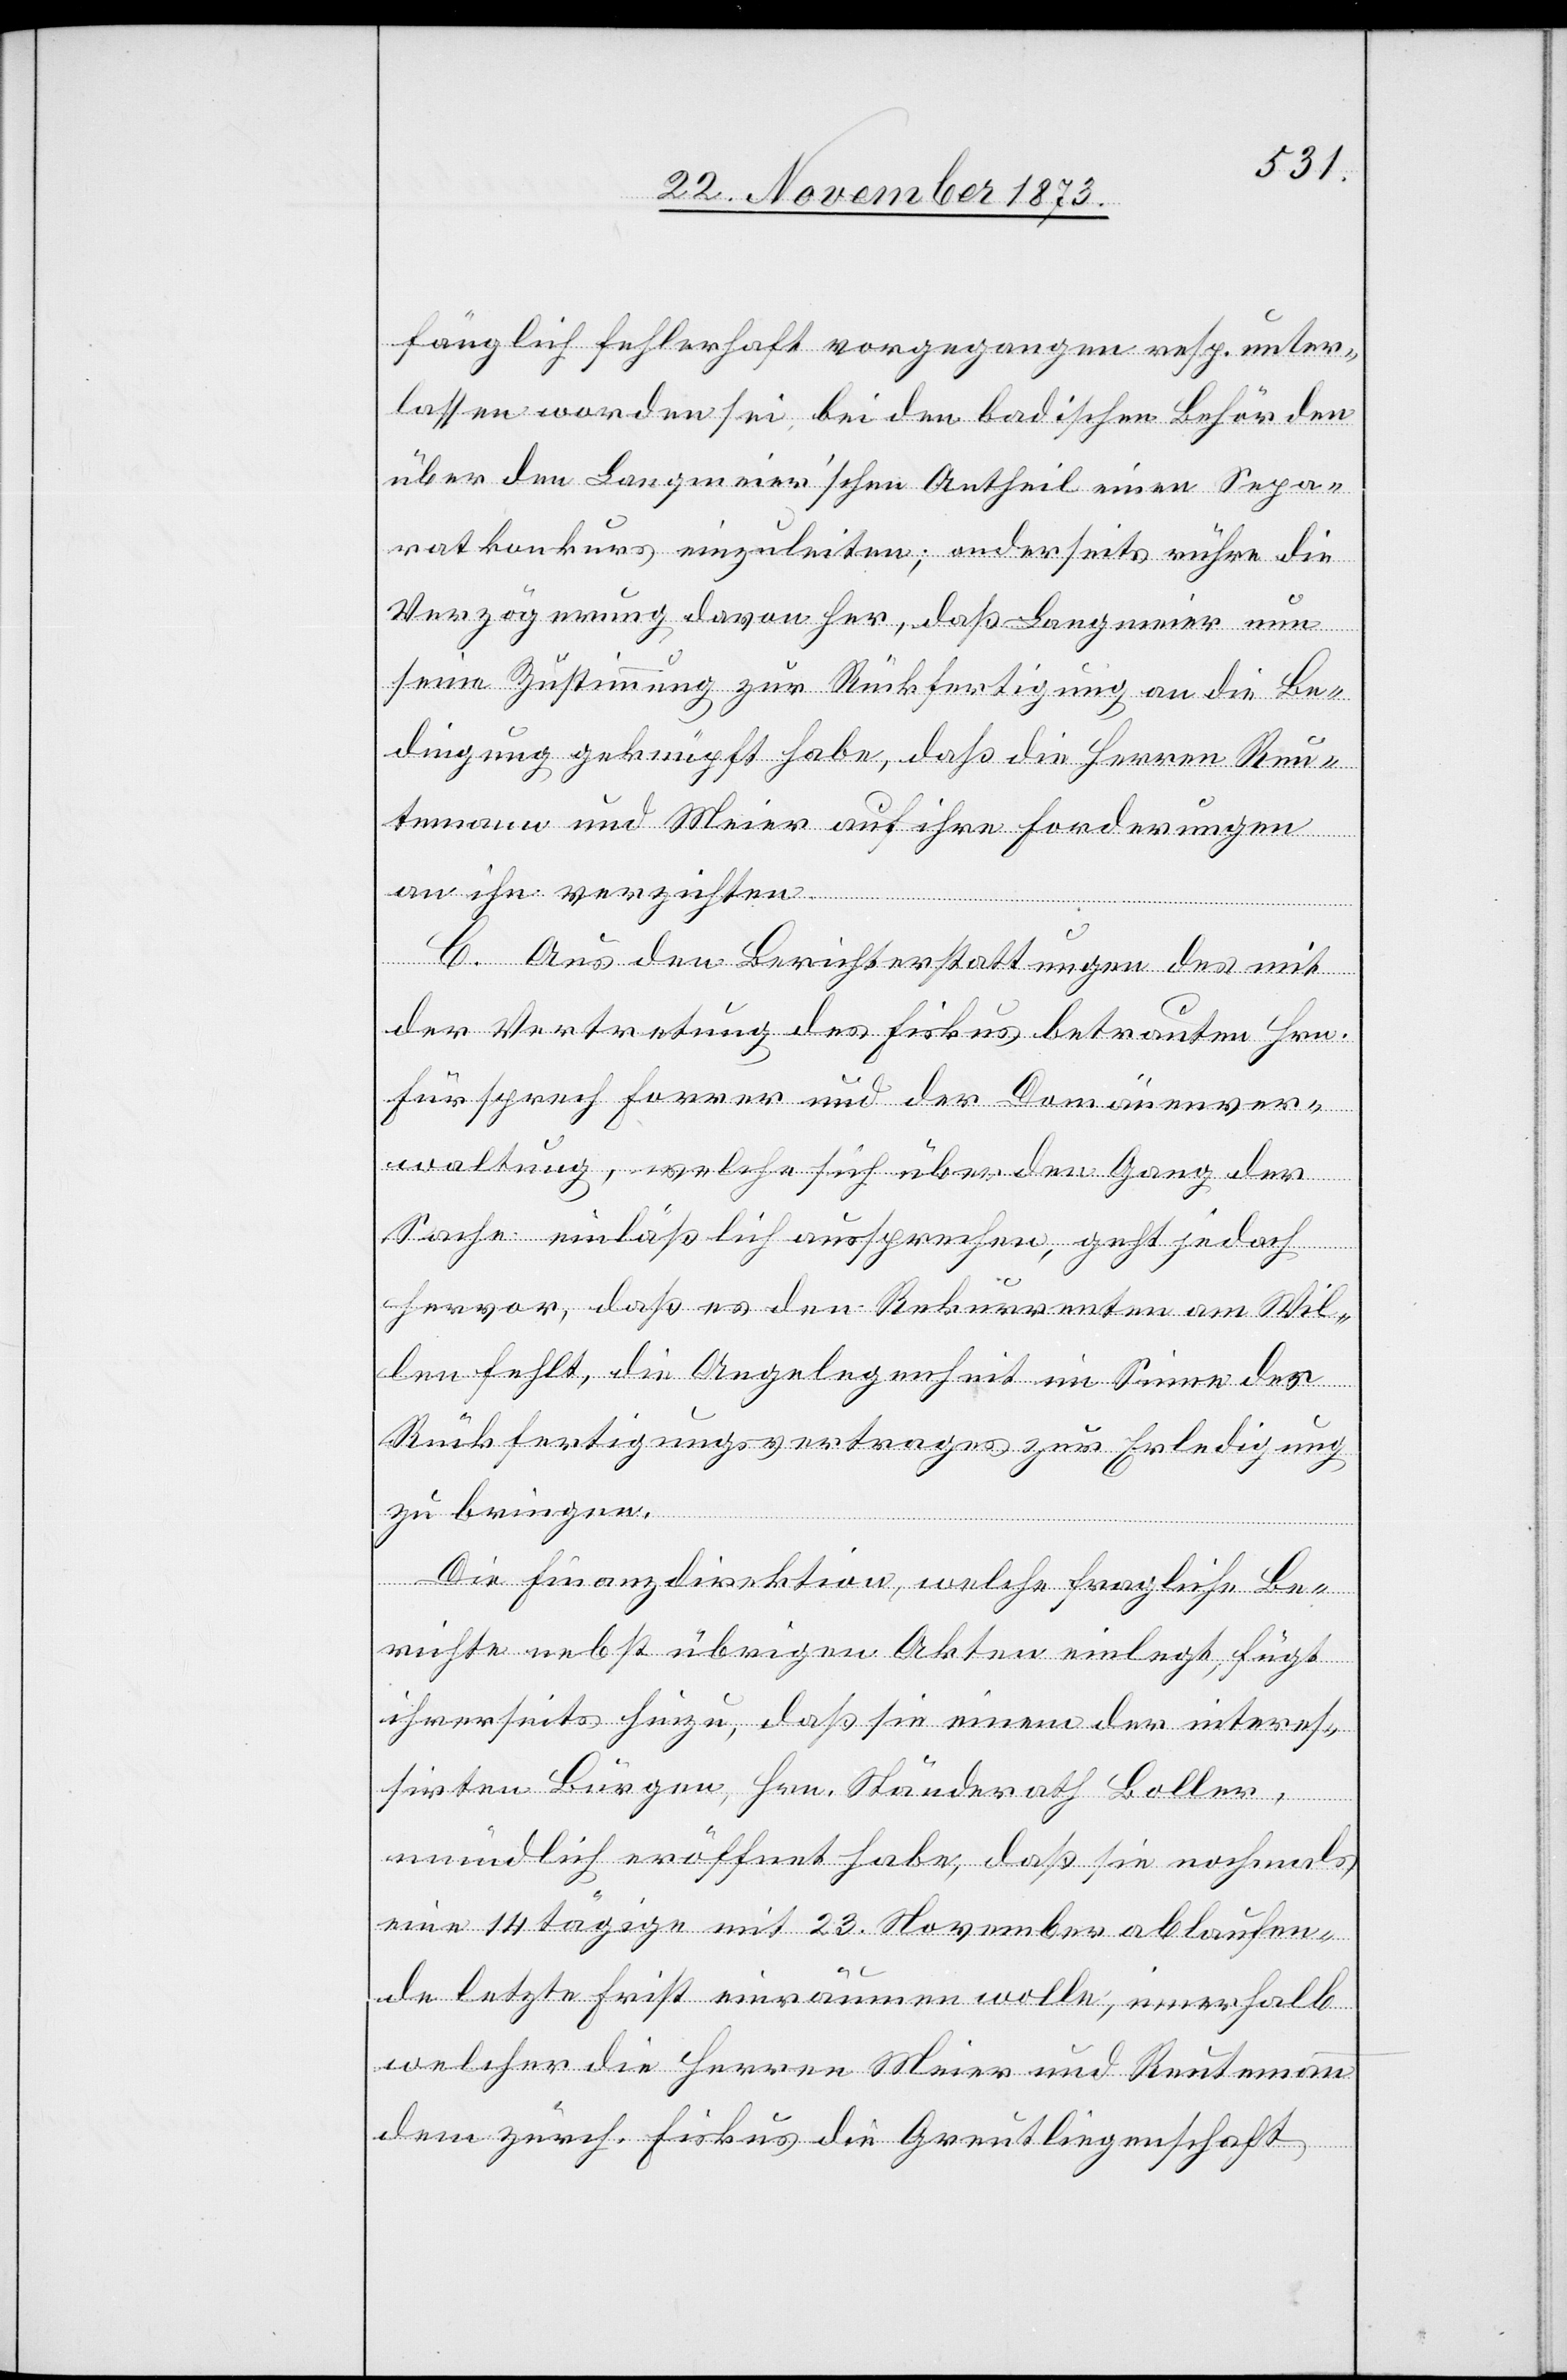
fänglich fehlerhaft vorgegangen resp. unter¬
lassen worden sei bei den badischen Behörden
über den Langmeier’schen Antheil einen Sepa¬
ratkonkurs einzuleiten; anderseits rühre die
Verzögerung davon her, daß Langmeier nun
seine Zustimmung zur Rückfertigung an die Be¬
dingung geknüpft habe, daß die Herren Reu¬
temann und Meier auf ihre Forderungen
an ihn verzichten.
C. Aus den Berichterstattungen des mit
der Vertretung des Fiskus betrauten Hrn.
Fürsprech Forrer und der Domänenver¬
waltung, welche sich über den Gang der
Sache einläßlich aussprechen, geht jedoch
hervor, daß es den Rekurrenten am Wil¬
len fehlt, die Angelegenheit im Sinne des
Rückfertigungsvertrages zur Erledigung
zu bringen.
Die Finanzdirektion, welche fragliche Be¬
richte nebst übrigen Akten einlegt, fügt
ihrerseits hinzu, daß sie einem der interes¬
sirten Bürgen, Hrn. Ständerath Boller,
mündlich eröffnet habe, daß sie nochmals
eine 14 tägige mit 23. November ablaufen¬
de letzte Frist einräumen wolle, innerhalb
welcher die Herren Meier und Reutemann
dem zürch. Fiskus die Greutliegenschaft